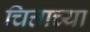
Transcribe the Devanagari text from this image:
चित्ताच्या